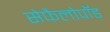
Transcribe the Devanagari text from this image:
सेफैलोपॉड